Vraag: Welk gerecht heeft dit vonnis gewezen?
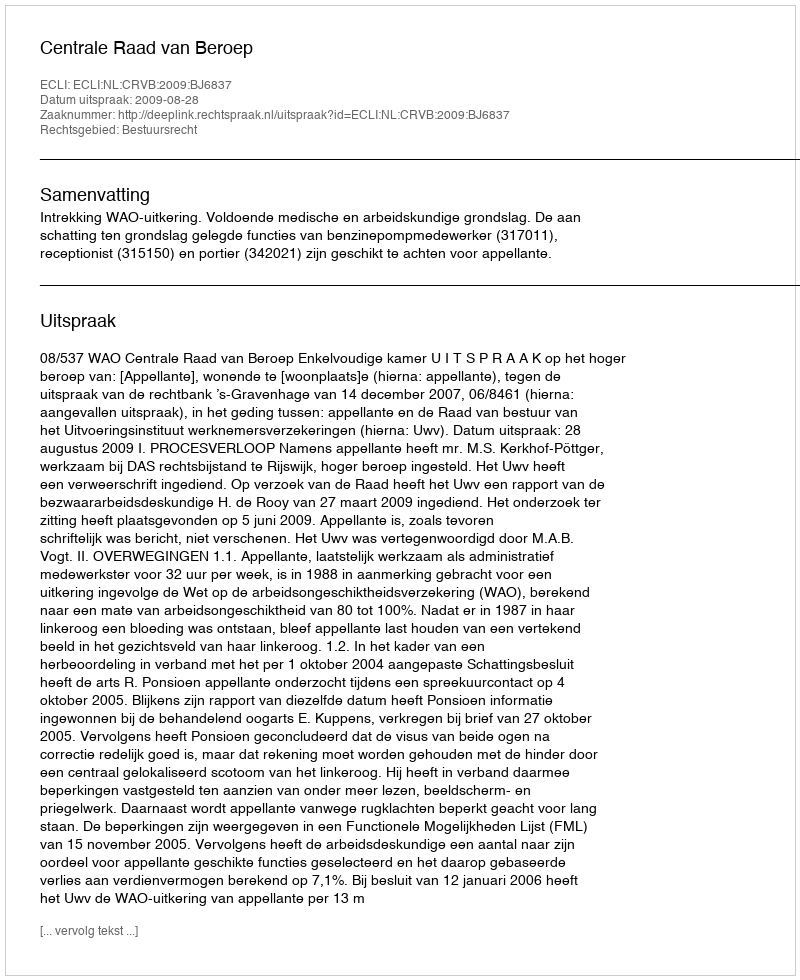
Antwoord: Centrale Raad van Beroep